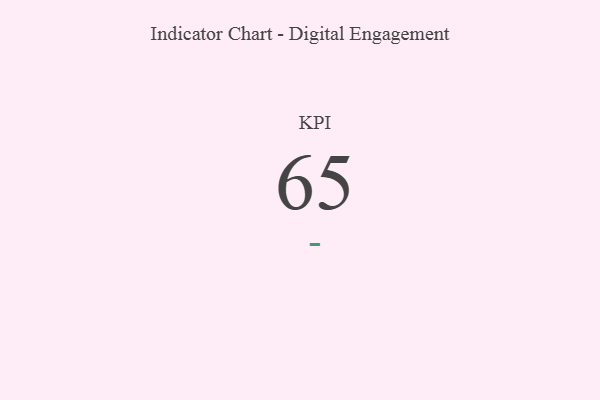
{"axis": {"x": "KPI", "y": "Value"}, "legend": [""], "data": [{"x": "KPI", "y": 65, "type": ""}]}